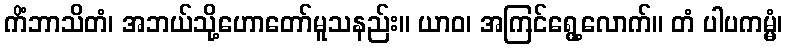
ကိံဘာသိတံ၊ အဘယ်သို့ဟောတော်မူသနည်း။ ယာဝ၊ အကြင်ရွေ့လောက်။ တံ ပါပကမ္မံ၊